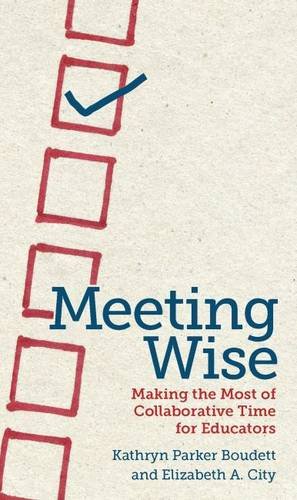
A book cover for Meeting Wise: Making the Most of Collaborative Time for Educators; Kathryn  Parker Boudett; Education & Teaching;